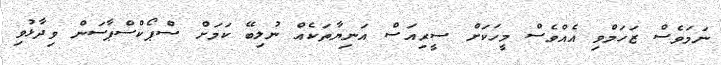
ނަމަވެސް ޒަހަމްވި އެއްވެސް މީހަކަށް ސީރިއަސް އަނިޔާތަކެއް ނުލިބޭ ކަމަށް ސްޕޯކްސްޕާސަން ވިދާޅުވި